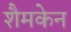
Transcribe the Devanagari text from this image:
शैमकेन